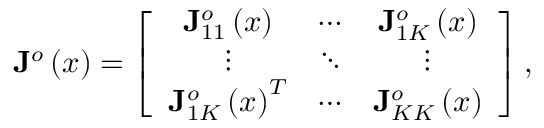
\mathbf { J } ^ { o } \left( \boldsymbol { x } \right) = \left[ \begin{array} { c c c } { \mathbf { J } _ { 1 1 } ^ { o } \left( \boldsymbol { x } \right) } & { \cdots } & { \mathbf { J } _ { 1 K } ^ { o } \left( \boldsymbol { x } \right) } \\ { \vdots } & { \ddots } & { \vdots } \\ { \mathbf { J } _ { 1 K } ^ { o } \left( \boldsymbol { x } \right) ^ { T } } & { \cdots } & { \mathbf { J } _ { K K } ^ { o } \left( \boldsymbol { x } \right) } \end{array} \right] ,